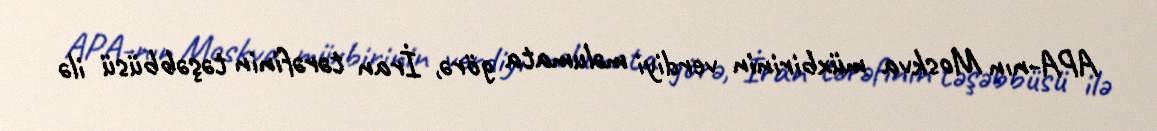
APA-nın Moskva müxbirinin verdiyi məlumata görə, İran tərəfinin təşəbbüsü ilə